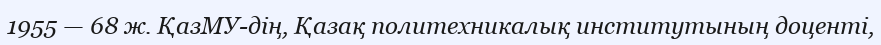
1955 — 68 ж. ҚазМУ-дің, Қазақ политехникалық институтының доценті,